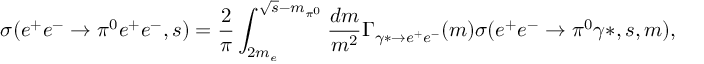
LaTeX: \sigma ( e ^ { + } e ^ { - } \rightarrow \pi ^ { 0 } e ^ { + } e ^ { - } , s ) = \frac { 2 } { \pi } \int _ { 2 m _ { e } } ^ { \sqrt { s } - m _ { \pi ^ { 0 } } } \frac { d m } { m ^ { 2 } } \Gamma _ { \gamma * \to e ^ { + } e ^ { - } } ( m ) \sigma ( e ^ { + } e ^ { - } \rightarrow \pi ^ { 0 } \gamma * , s , m ) ,